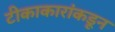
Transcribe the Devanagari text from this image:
टीकाकारांकडून